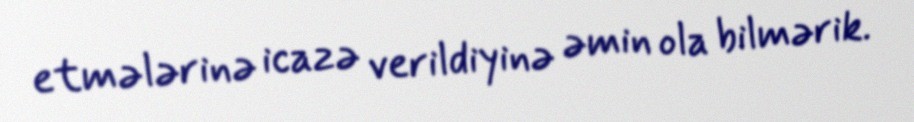
etmələrinə icazə verildiyinə əmin ola bilmərik.